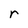
Character: r